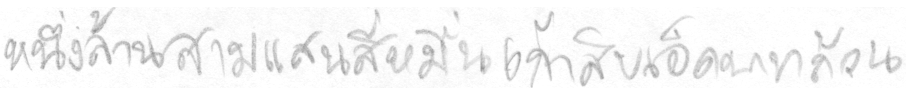
หนึ่งล้านสามแสนสี่หมื่นเก้าสิบเอ็ดบาทถ้วน